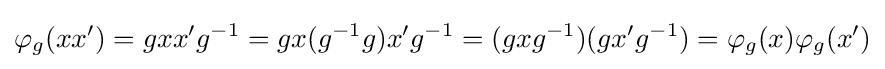
\varphi _{g}(xx')=gxx'g^{-1}=gx(g^{-1}g)x'g^{-1}=(gxg^{-1})(gx'g^{-1})=\varphi _{g}(x)\varphi _{g}(x')